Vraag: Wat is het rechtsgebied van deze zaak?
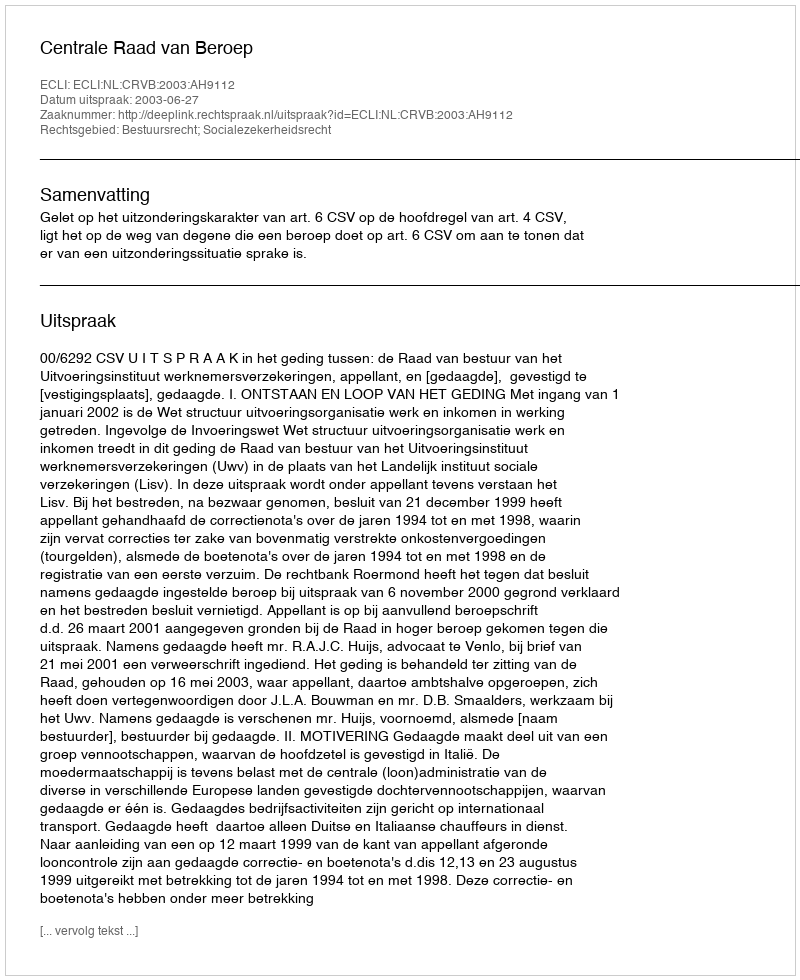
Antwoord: Bestuursrecht; Socialezekerheidsrecht